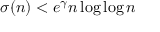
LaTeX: \ \sigma ( n ) < e ^ { \gamma } n \log \log n